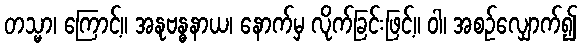
တသ္မာ၊ ကြောင့်။ အနုဗန္ဓနာယ၊ နောက်မှ လိုက်ခြင်းဖြင့်။ ဝါ၊ အစဉ်လျှောက်၍